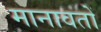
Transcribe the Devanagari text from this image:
मानावतों